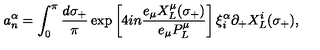
a _ { n } ^ { \alpha } = \int _ { 0 } ^ { \pi } \frac { d \sigma _ { + } } { \pi } \exp \left[ 4 i n \frac { e _ { \mu } X _ { L } ^ { \mu } ( \sigma _ { + } ) } { e _ { \mu } P _ { L } ^ { \mu } } \right] \xi _ { i } ^ { \alpha } \partial _ { + } X _ { L } ^ { i } ( \sigma _ { + } ) ,